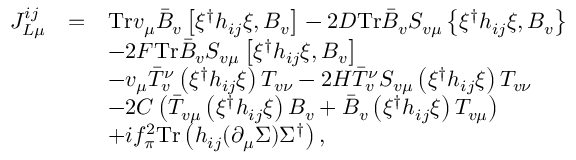
\begin{array} { l c l } { { { \cal J } _ { L \mu } ^ { i j } } } & { { = } } & { { \mathrm { T r } v _ { \mu } \bar { B } _ { v } \left[ \xi ^ { \dag } h _ { i j } \xi , B _ { v } \right] - 2 D \mathrm { T r } \bar { B } _ { v } S _ { v \mu } \left\{ \xi ^ { \dag } h _ { i j } \xi , B _ { v } \right\} } } \\ { { } } & { { } } & { { - 2 F \mathrm { T r } \bar { B } _ { v } S _ { v \mu } \left[ \xi ^ { \dag } h _ { i j } \xi , B _ { v } \right] } } \\ { { } } & { { } } & { { - v _ { \mu } \bar { T } _ { v } ^ { \nu } \left( \xi ^ { \dag } h _ { i j } \xi \right) T _ { v \nu } - 2 { \cal H } \bar { T } _ { v } ^ { \nu } S _ { v \mu } \left( \xi ^ { \dag } h _ { i j } \xi \right) T _ { v \nu } } } \\ { { } } & { { } } & { { - 2 { \cal C } \left( \bar { T } _ { v \mu } \left( \xi ^ { \dag } h _ { i j } \xi \right) B _ { v } + \bar { B } _ { v } \left( \xi ^ { \dag } h _ { i j } \xi \right) T _ { v \mu } \right) } } \\ { { } } & { { } } & { { + i f _ { \pi } ^ { 2 } \mathrm { T r } \left( h _ { i j } ( \partial _ { \mu } \Sigma ) \Sigma ^ { \dag } \right) , } } \end{array}